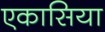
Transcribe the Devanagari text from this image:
एकासिया